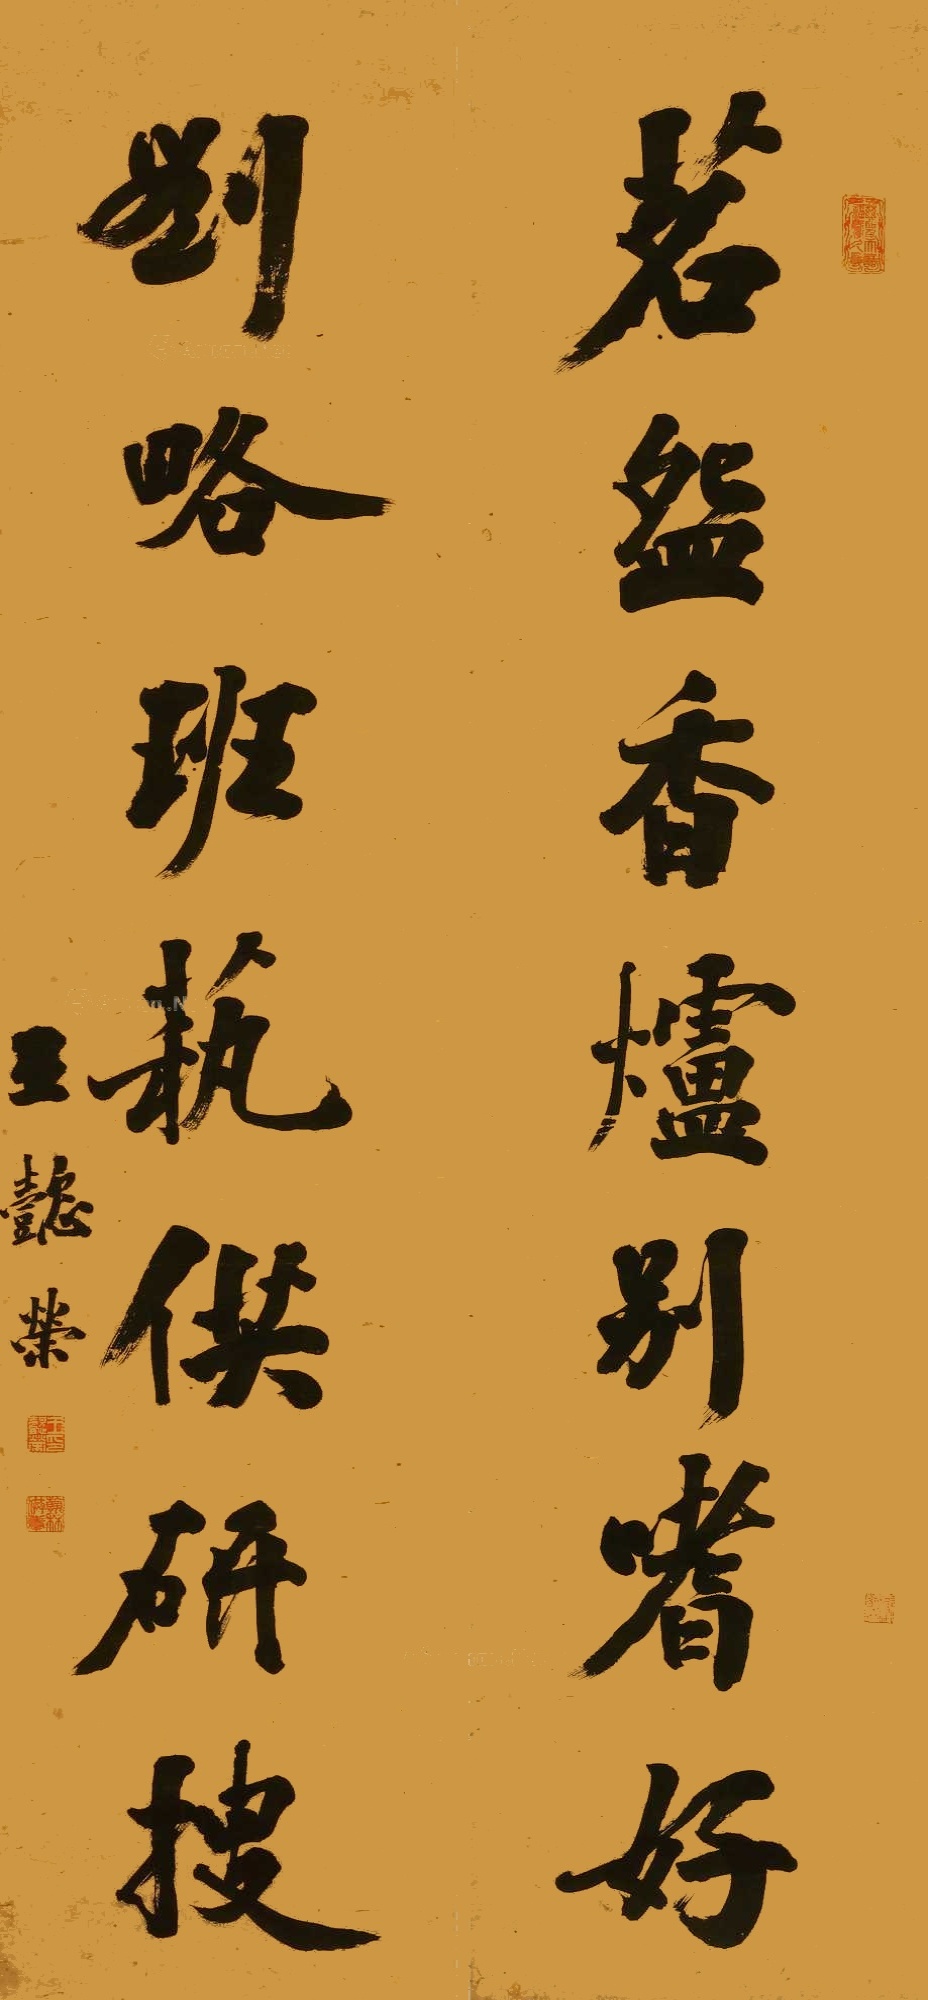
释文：茗盌香炉别嗜好;刘略班艺供研搜。王懿荣